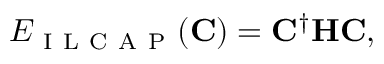
E _ { \mathrm { ~ I ~ L ~ C ~ A ~ P ~ } } ( \mathbf { C } ) = \mathbf { C } ^ { \dagger } \mathbf { H } \mathbf { C } ,